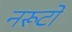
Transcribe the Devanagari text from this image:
नरूटो